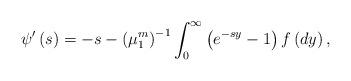
LaTeX: \begin{align*}\psi'\left(s\right)=-s-\left(\mu_{1}^{m}\right)^{-1}\int_{0}^{\infty}\left(e^{-sy}-1\right)f\left(dy\right),\end{align*}